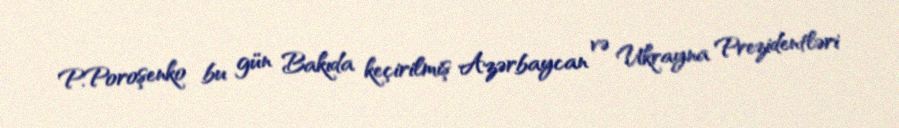
P.Poroşenko bu gün Bakıda keçirilmiş Azərbaycan və Ukrayna Prezidentləri